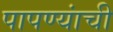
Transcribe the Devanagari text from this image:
पापण्यांची